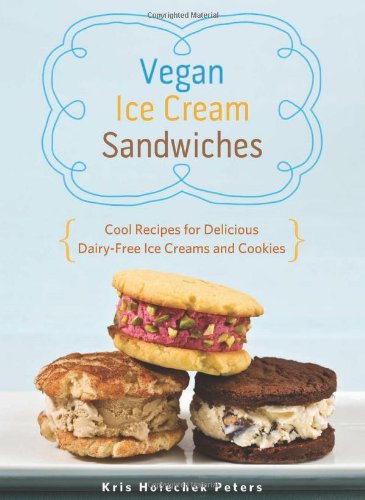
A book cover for Vegan Ice Cream Sandwiches: Cool Recipes for Delicious Dairy-Free Ice Creams and Cookies; Kris Holechek Peters; Cookbooks, Food & Wine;